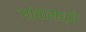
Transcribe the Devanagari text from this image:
गांवामध्ये